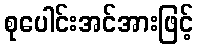
စုပေါင်းအင်အားဖြင့်